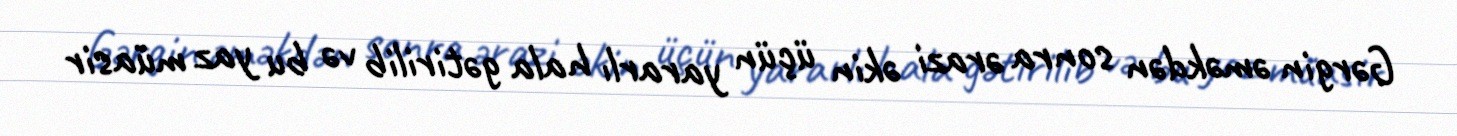
Gərgin əməkdən sonra ərazi əkin üçün yararlı hala gətirilib və bu yaz müasir